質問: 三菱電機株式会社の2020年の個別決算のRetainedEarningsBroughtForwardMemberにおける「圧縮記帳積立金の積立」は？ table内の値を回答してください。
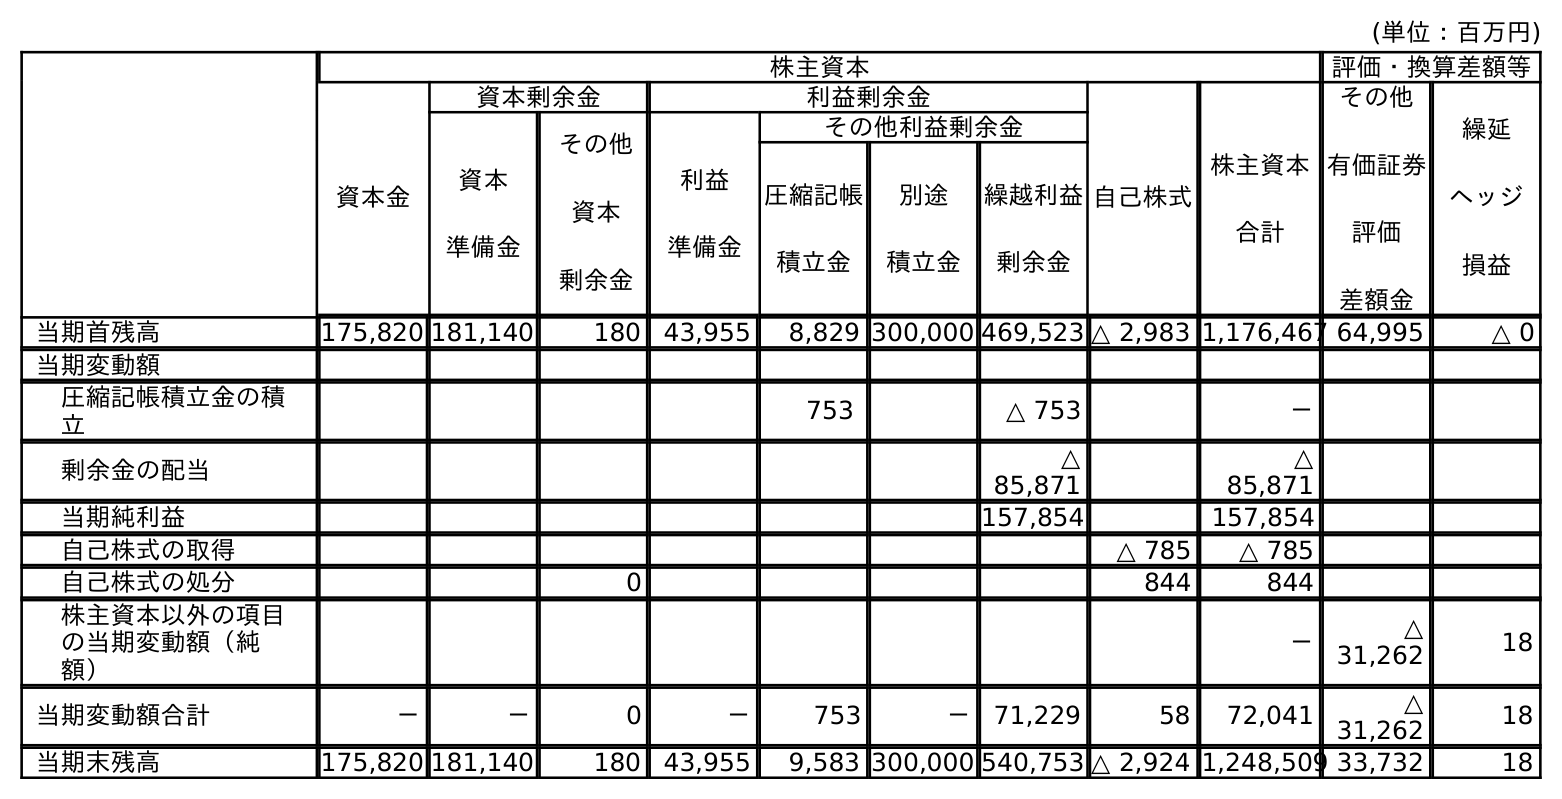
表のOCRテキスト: (単位：百万円) 株主資本 評価・換算差額等 資本金 資本剰余金 利益剰余金 自己株式 株主資本 合計 その他 有価証券 評価 差額金 繰延 ヘッジ 損益 資本 準備金 その他 資本 剰余金 利益 準備金 その他利益剰余金 圧縮記帳 積立金 別途 積立金 繰越利益 剰余金 当期首残高 175,820 181,140 180 43,955 8,829 300,000 469,523 △ 2,983 1,176,467 64,995 △ 0 当期変動額 圧縮記帳積立金の積 立 753 △ 753 － 剰余金の配当 △ 85,871 △ 85,871 当期純利益 157,854 157,854 自己株式の取得 △ 785 △ 785 自己株式の処分 0 844 844 株主資本以外の項目 の当期変動額（純 額） － △ 31,262 18 当期変動額合計 － － 0 － 753 － 71,229 58 72,041 △ 31,262 18 当期末残高 175,820 181,140 180 43,955 9,583 300,000 540,753 △ 2,924 1,248,509 33,732 18
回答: △753